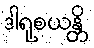
ဒါရုစယန္တိ